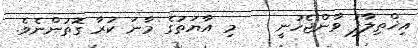
އިޚްތިލާފު ވާންޖެހުނީ    މި އާޔަތުގެ މާނަ ކުރާ ގޮތުންނެވެ.